Eesti_Rahvusfond, lk 173
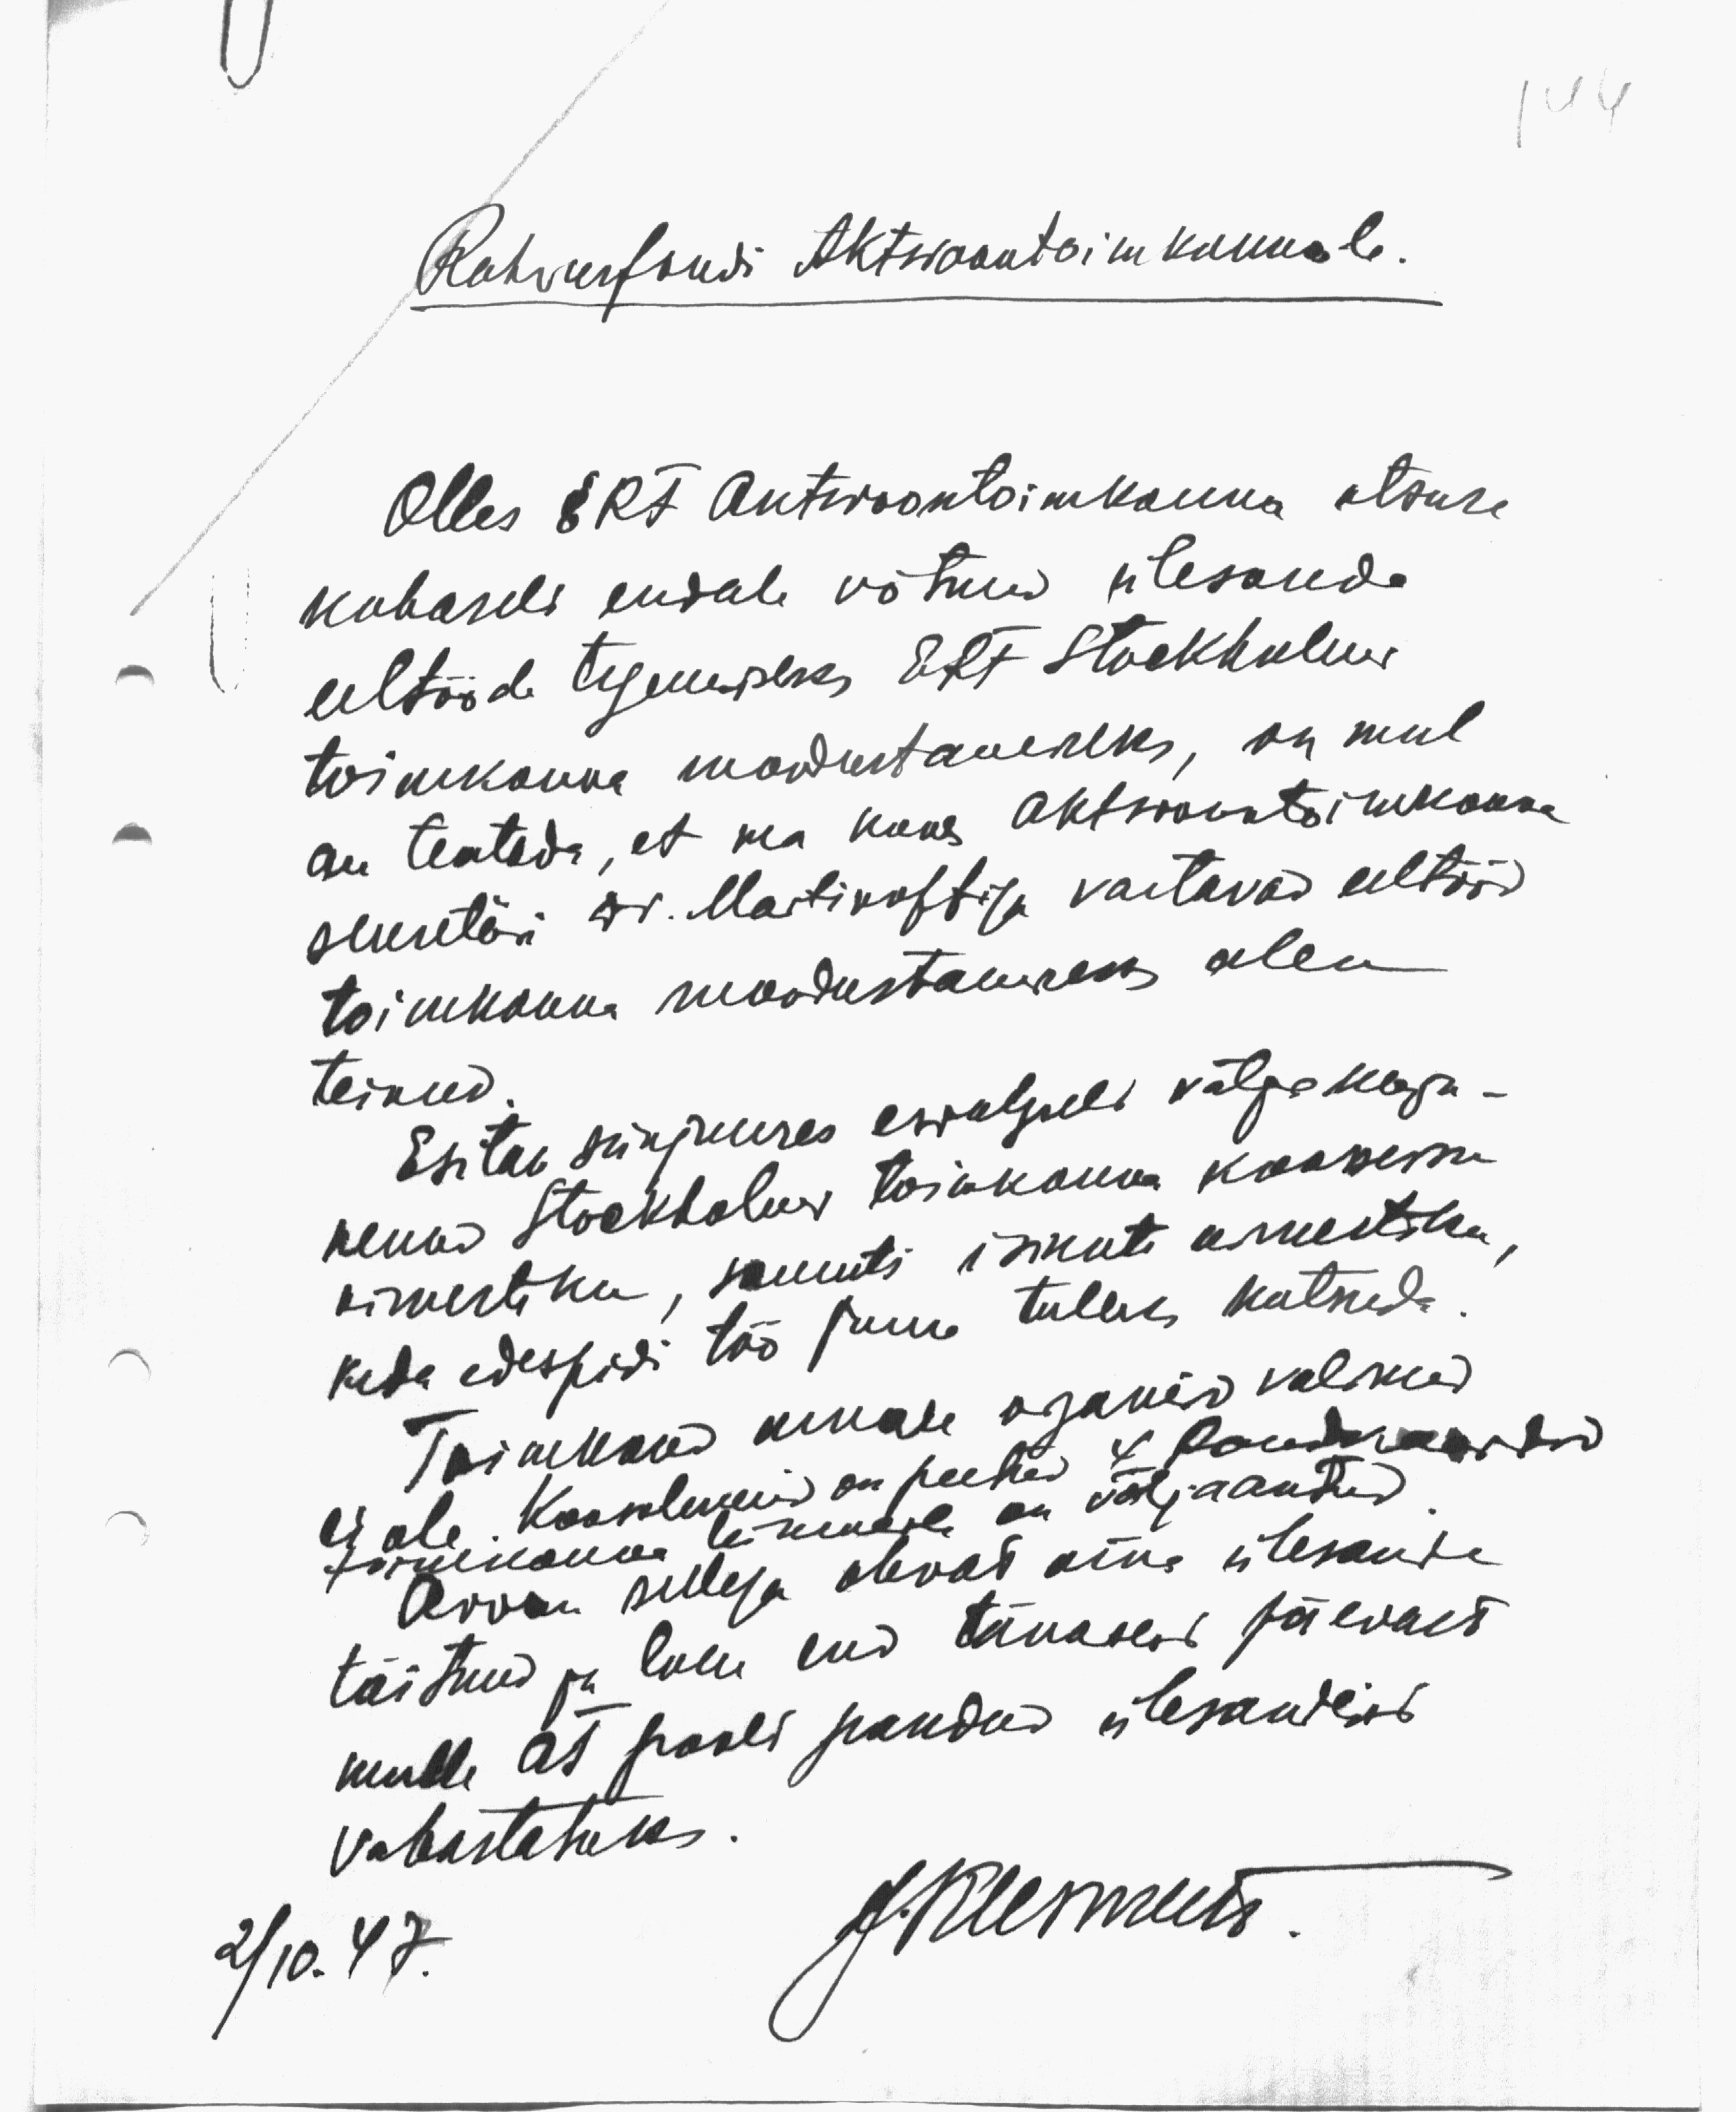
144
Rahvusfondi Aktsioontoimkonnale.
Olles ERF Aktsioontoimkonna otsuse
kohaselt endale võtnud ülesande
eeltööde tegemiseks ERF Stockholmi
toimkonna moodustamiseks, on mul
au teatada, et ma koos Aktsioontoimkonna
sekretäri Dr. Martinoffiga vastavad eeltööd
toimkonna moodustamiseks olen
teinud.
Esitan siinjuures esialgselt väljakuju-
nenud Stockholmi toimkonna koosseisu
nimestiku, samuti isikute nimestiku,
keda edespidi töö juure tuleks kutsuda.
Toimkond omale organeid valinud
ei ole. Koosolekuid on peetud 4. Põudurasadud
toimkonna liikmeile on väljaantud
Arvan sellega olevat oma ülesande
täitnud ja loen end tänasest päevast
mulle AT poolt pandud ülesandeist
vabastatuks.
2/10.47.
J. Klemens